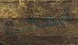
أيمكننا